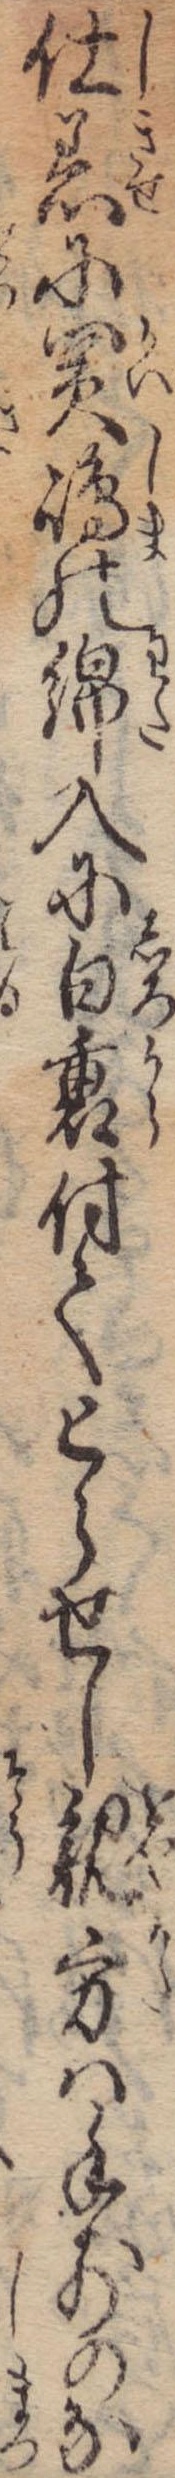
仕着に買島の綿入に白裏付てとらせし親方は手前のな